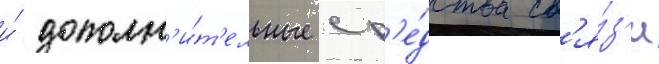
и́ дополн'и́т'ельные ср'е́дства св'я́з'и